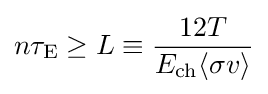
n\tau _{\rm {E}}\geq L\equiv {\frac {12T}{E_{\rm {ch}}\langle \sigma v\rangle }}